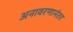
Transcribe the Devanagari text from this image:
अनावरणानंतर